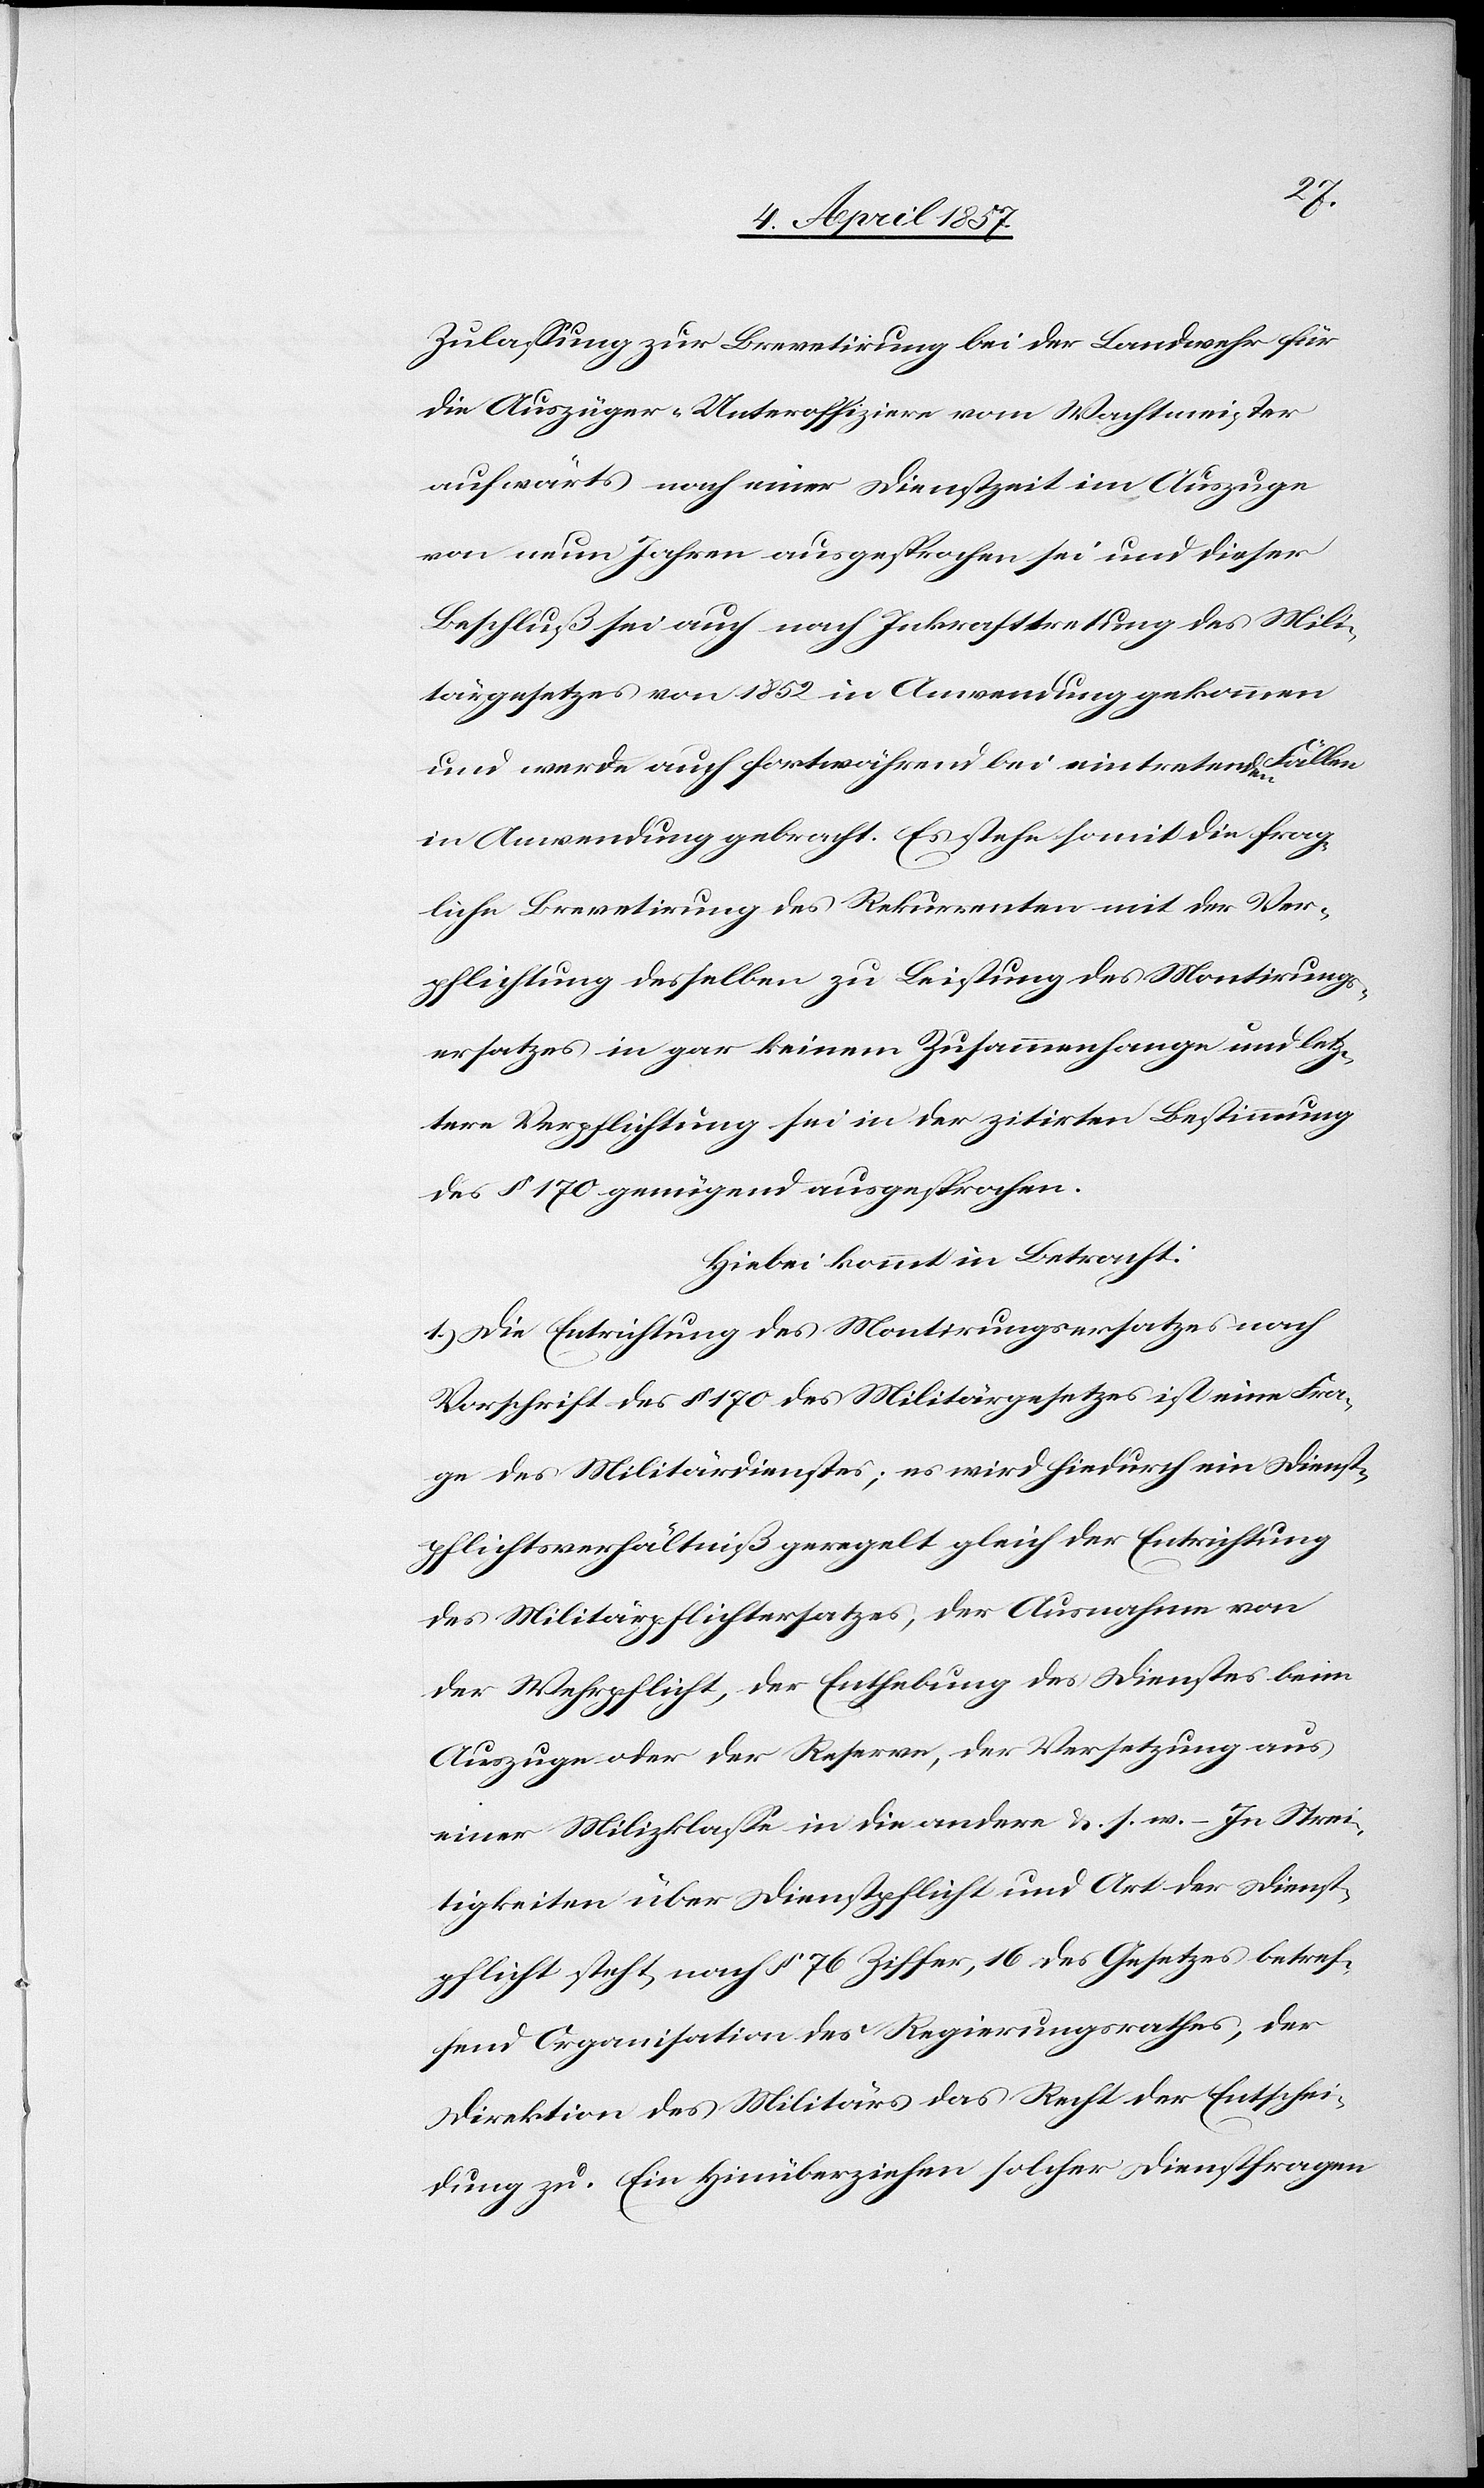
Zulassung zur Brevetirung bei der Landwehr für
die Auszüger-Unteroffiziere vom Wachtmeister
aufwärts nach einer Dienstzeit im Auszuge
von neun Jahren ausgesprochen sei und dieser
Beschluß sei auch nach Inkrafttretung des Mili¬
tärgesetzes von 1852 in Anwendung gekommen
und werde auch fortwährend bei eintretenden Fällen
in Anwendung gebracht. Es stehe somit die frag¬
liche Brevetirung des Rekurrenten mit der Ver¬
pflichtung desselben zu Leistung des Montirungs¬
Fra¬
ersatzes in gar keinem Zusammenhange und letz¬
tere Verpflichtung sei in der zitirten Bestimmung
des § 170 genügend ausgesprochen.
Hiebei kommt in Betracht:
1.) Die Entrichtung des Montirungsgesetzes ist
ge des Militärdienstes; es wird hiedurch ein Dienst¬
pflichtsverhältniß geregelt gleich der Entrichtung
des Militärpflichtersatzes, der Ausnahme von
der Wehrpflicht, der Enthebung des Dienstes beim
Auszuge oder der Reserve, der Versetzung aus
einer Milizklasse in die andere &. s. w. – In Strei¬
tigkeiten über Dienstpflicht und Art der Dienst¬
pflicht steht nach § 76 Ziffer, 16 des Gesetzes betref¬
fend Organisation des Regierungsrathes, der
Direktion des Militärs das Recht der Entschei¬
dung zu. Ein Hinüberziehen solcher Dienstfragen